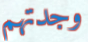
وجدتهم